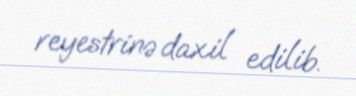
reyestrinə daxil edilib.